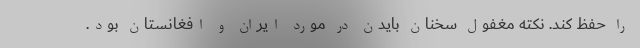
را حفظ کند. نکته مغفول سخنان بایدن در مورد ایران و افغانستان بود.